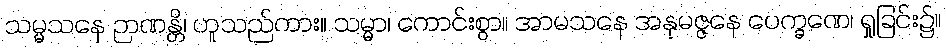
သမ္မသနေ ဉာဏန္တိ၊ ဟူသည်ကား။ သမ္မာ၊ ကောင်းစွာ။ အာမသနေ အနုမဇ္ဇနေ ပေက္ခဏေ၊ ရှုခြင်း၌။